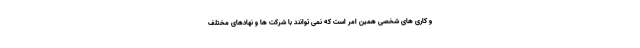
و کاری های شخصی همین امر است که نمی توانند با شرکت ها و نهادهای مختلف